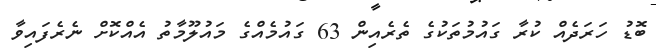
ބޮޑު ހަރަދެއް ކުރާ ގައުމުތަކުގެ ތެރެއިން 63 ގައުމެއްގެ މައުލޫމާތު އެއްކޮށް ނެރެފައިވާ